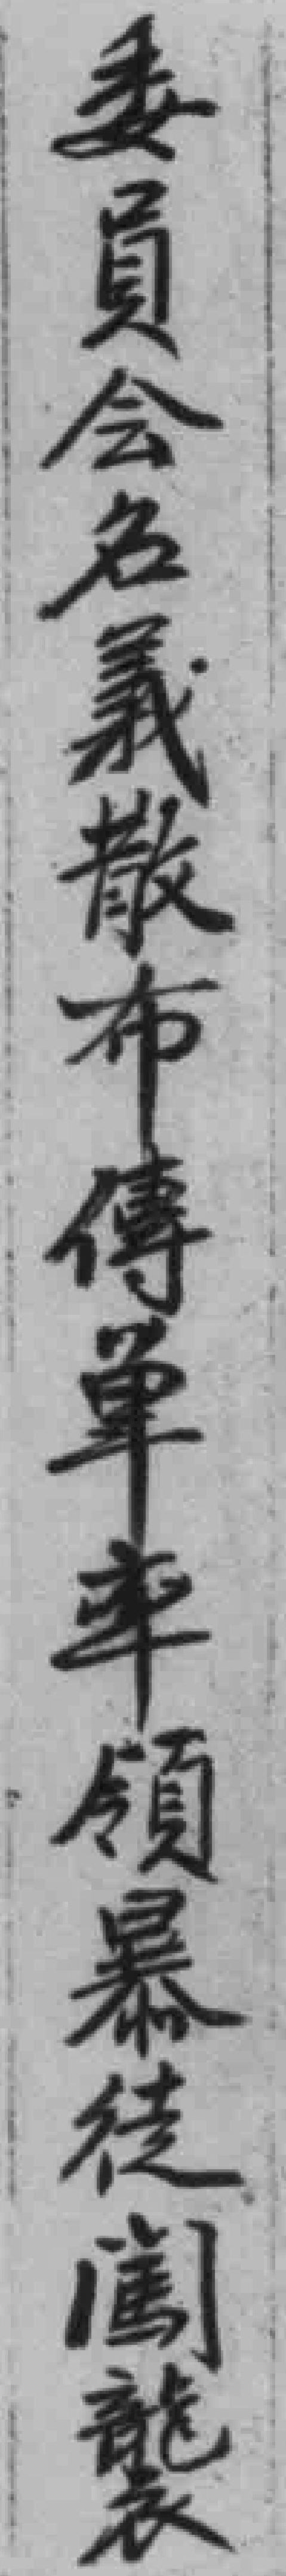
委員会名義散布傳单率領暴徒闖襲